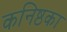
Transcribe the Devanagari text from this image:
कनिष्ठका